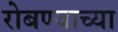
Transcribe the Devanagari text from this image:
रोबण्याच्या